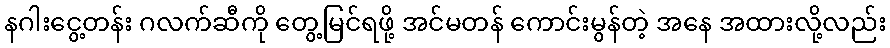
နဂါးငွေ့တန်း ဂလက်ဆီကို တွေ့မြင်ရဖို့ အင်မတန် ကောင်းမွန်တဲ့ အနေ အထားလို့လည်း